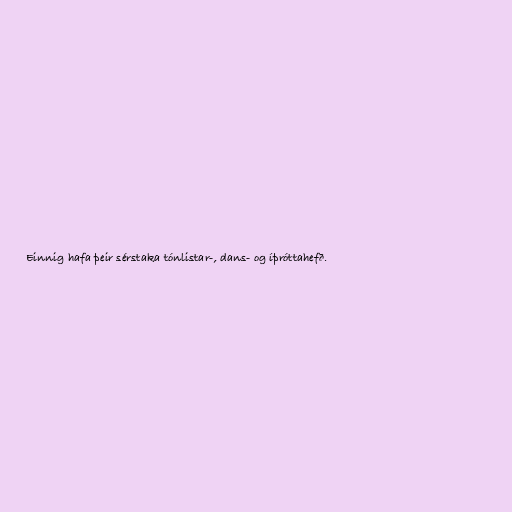
Einnig hafa þeir sérstaka tónlistar-, dans- og íþróttahefð.